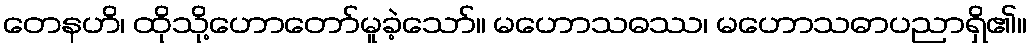
တေနဟိ၊ ထိုသို့ဟောတော်မူခဲ့သော်။ မဟောသဓဿ၊ မဟောသဓာပညာရှိ၏။